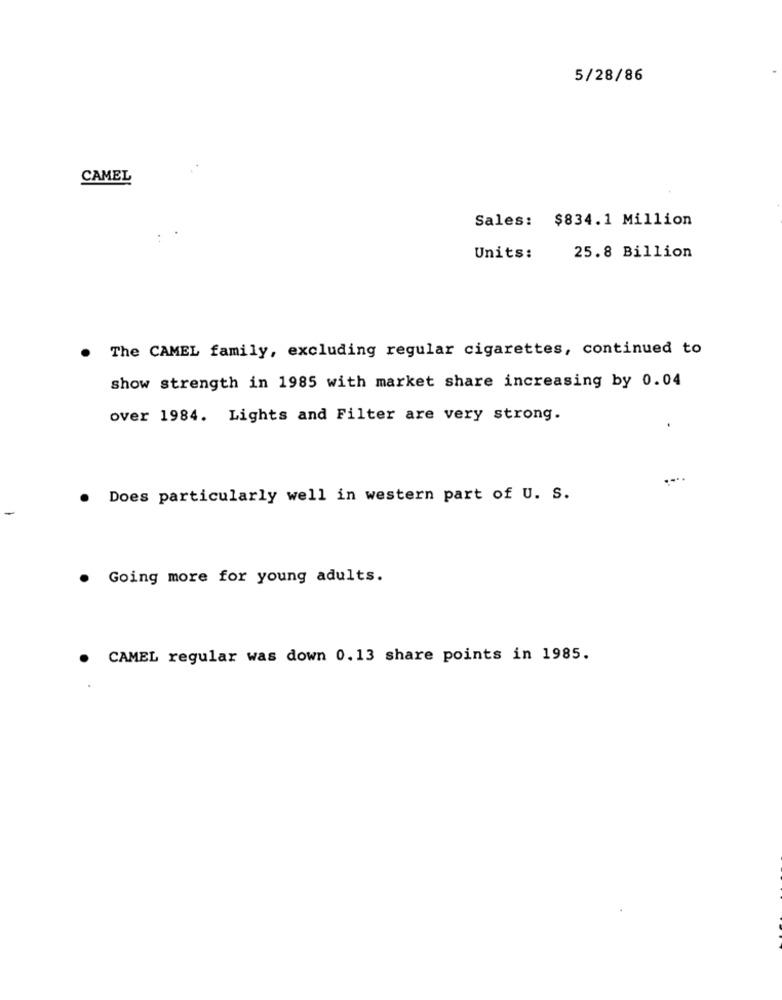
5/28/86
CAMEL
Sales: $834.1 Million
Units:
25.8 Billion
The CAMEL family, excluding regular cigarettes, continued to
show strength in 1985 with market share increasing by 0.04
over 1984. Lights and Filter are very strong.
Does particularly well in western part of U. S.
Going more for young adults.
CAMEL regular was down 0.13 share points in 1985.